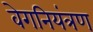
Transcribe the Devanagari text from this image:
वेगनियंत्रण